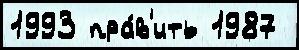
1993 пра́в'ить 1987